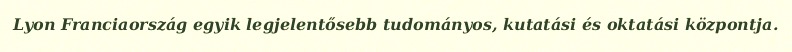
Lyon Franciaország egyik legjelentősebb tudományos, kutatási és oktatási központja.